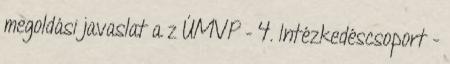
megoldási javaslat a z ÚMVP - 4. Intézkedéscsoport -